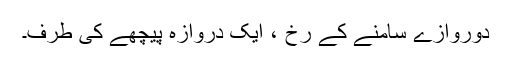
دوروازے سامنے کے رخ ، ایک دروازہ پیچھے کی طرف۔